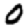
Digit: 0